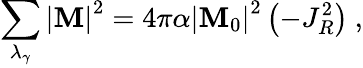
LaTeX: \sum_{\lambda_{\gamma}}\left|{\cal\mathbf{M}}\right|^{2}=4\pi\alpha\left|{\cal\mathbf{M}}_{0}\right|^{2}\left(-J_{R}^{2}\right)\ ,